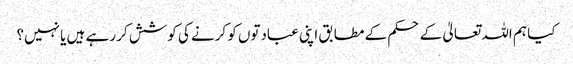
کیا ہم اللہ تعالیٰ کے حکم کے مطابق اپنی عبادتوں کو کرنے کی کوشش کر رہے ہیں یا نہیں؟